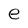
Character: e